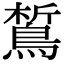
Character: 𪁻